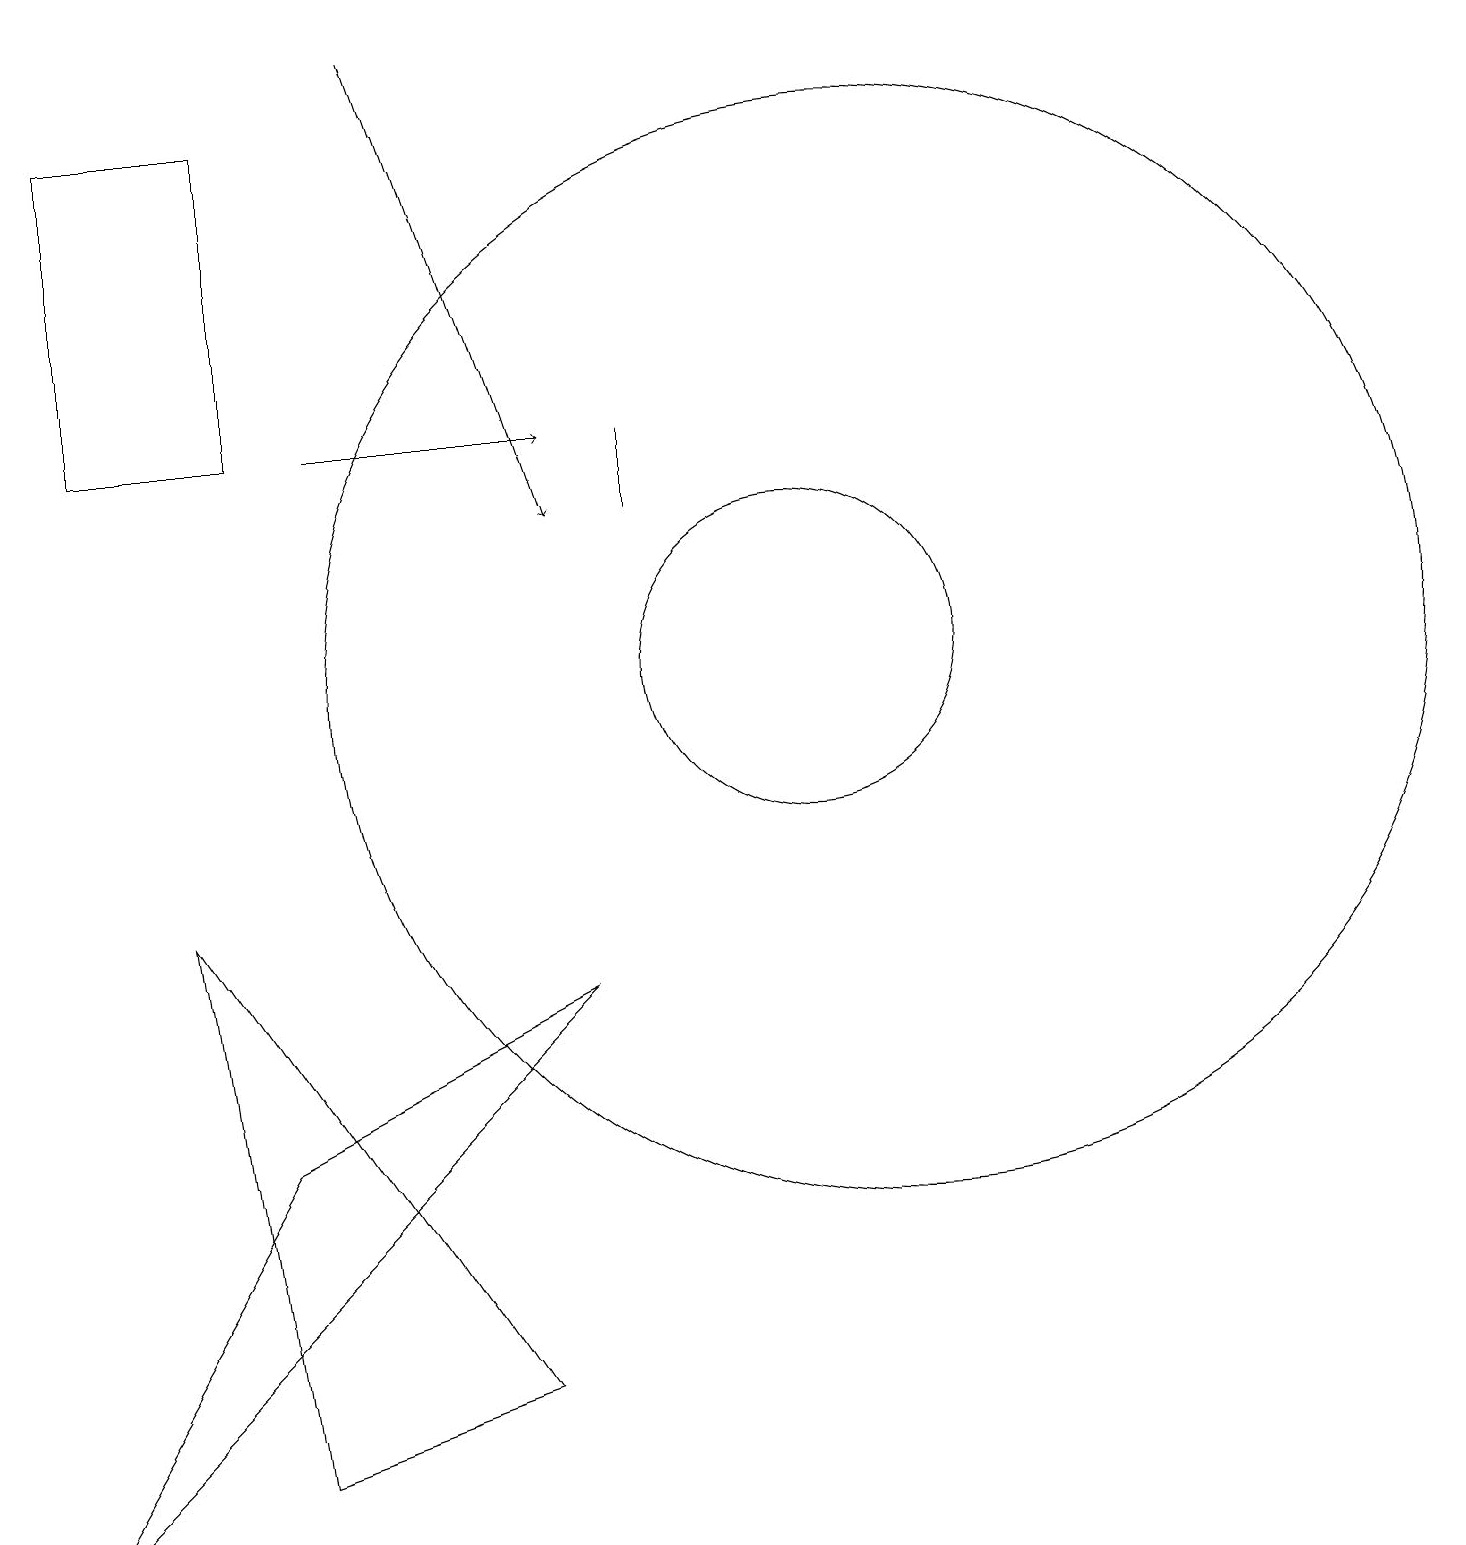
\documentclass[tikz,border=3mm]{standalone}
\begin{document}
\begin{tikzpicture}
\draw (11,11) circle (7);
\draw[->] (5,19) -- (7,13);
\draw (8,13) rectangle (8,14);
\draw (6,2) -- (3,1) -- (2,8) -- cycle;
\draw (3,18) rectangle (1,14);
\draw (10,11) circle (2);
\draw (3,5) -- (0,0) -- (7,7) -- cycle;
\draw[->] (4,14) -- (7,14);
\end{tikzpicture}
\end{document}